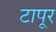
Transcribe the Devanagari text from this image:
टापूर